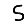
Digit: 5